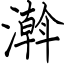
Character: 濣